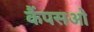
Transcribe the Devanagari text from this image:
कैंपसओ